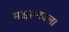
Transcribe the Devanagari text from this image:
माझगावला